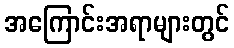
အကြောင်းအရာများတွင်